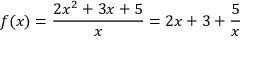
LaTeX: f ( x ) = { \frac { 2 x ^ { 2 } + 3 x + 5 } { x } } = 2 x + 3 + { \frac { 5 } { x } }